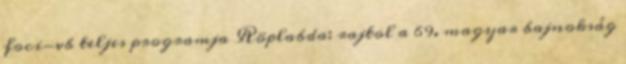
foci-vb teljes programja Röplabda: rajtol a 69. magyar bajnokság